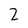
Character: 2